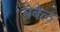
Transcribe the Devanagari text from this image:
नेबेल